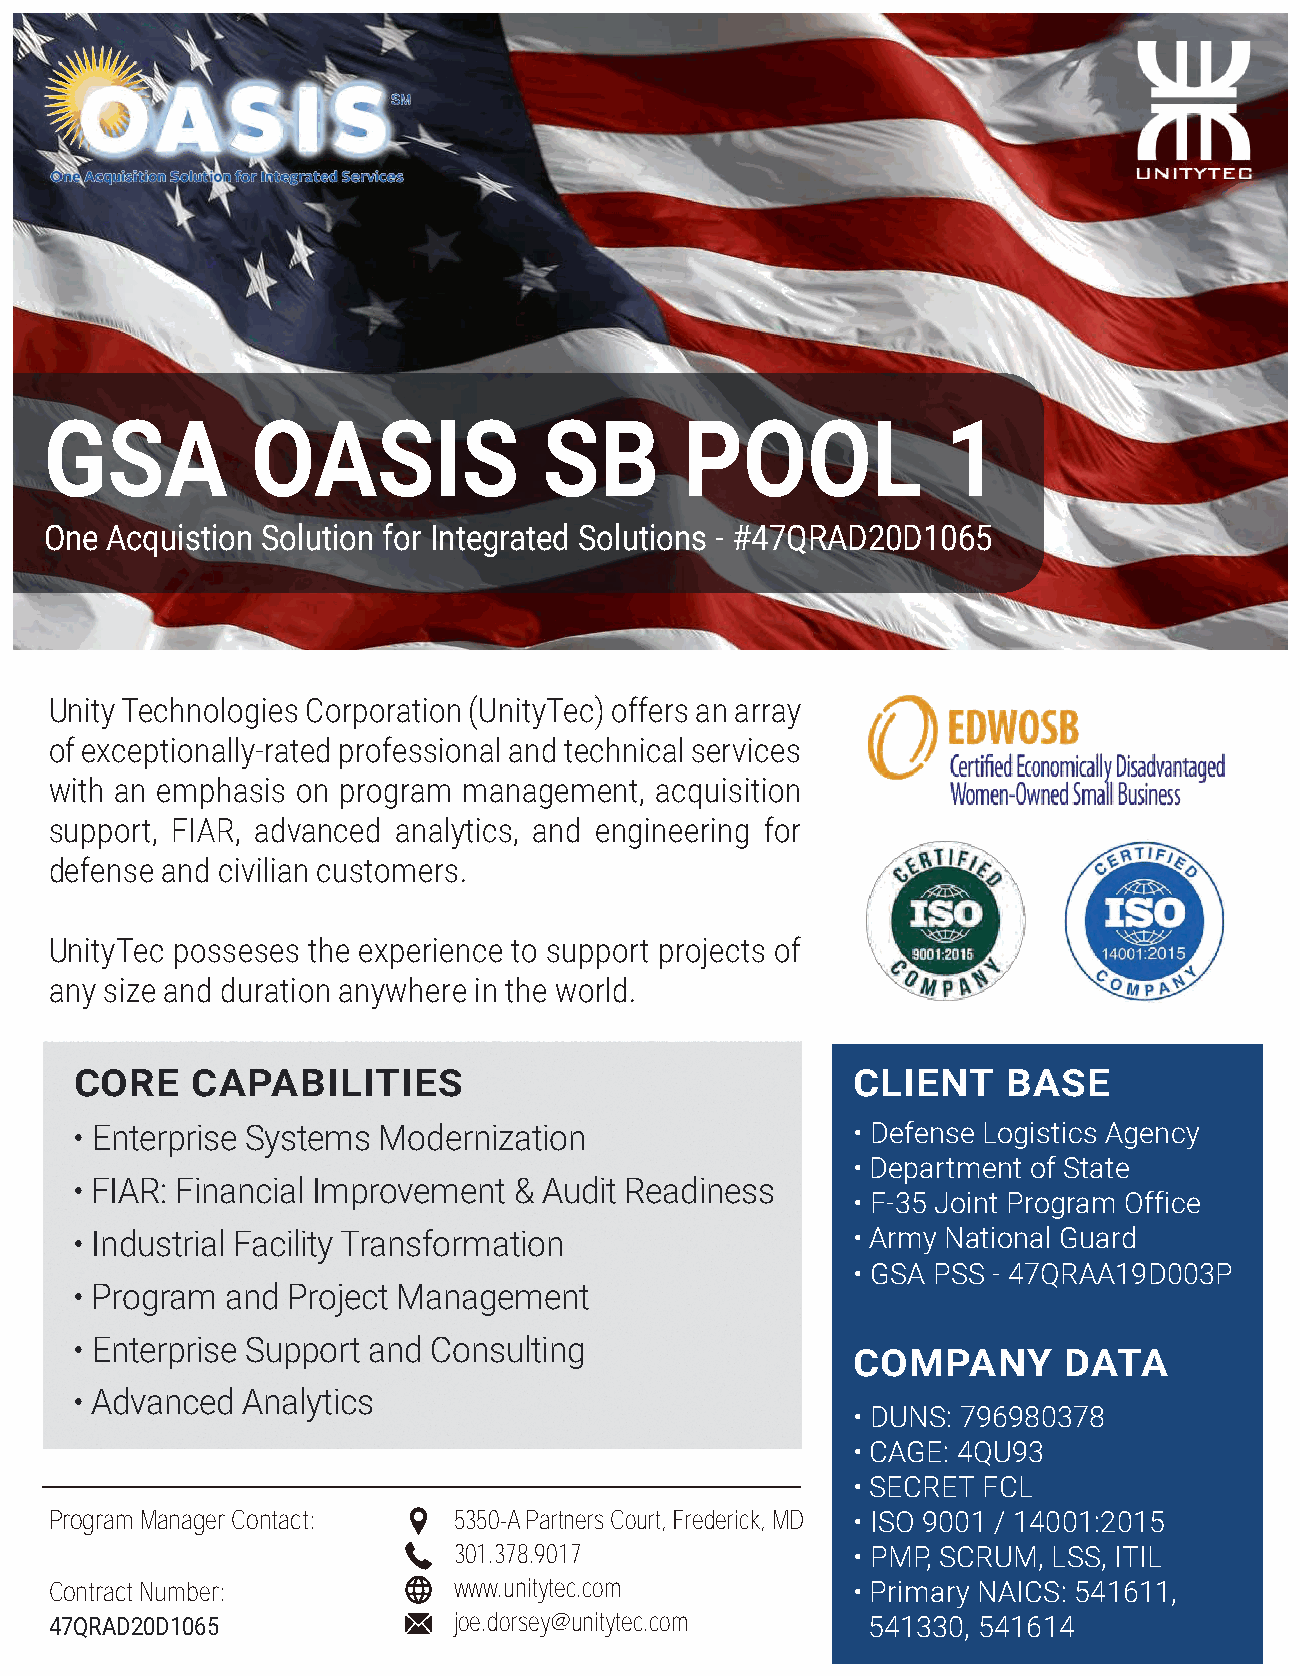
LOGO                                                       Lorem ipsum
 HERE
 Lorem ipsum
 Lorem ipsum
 CREATE
 GSA           OASIS              SB       POOL              1
 YOUR     OWN
 One Acquistion Solution for Integrated Solutions - #47QRAD20D1065
 BUSINESS
 Unity Technologies Corporation (UnityTec) offers an array
 of exceptionally-rated professional and technical services
 with an emphasis on program management, acquisition
 support, FIAR, advanced analytics, and engineering for
 defense and civilian customers.
 UnityTec posseses the experience to support projects of
 any size and duration anywhere in the world.
 CORE    CAPABILITIES                               CLIENT     BASE
 • Enterprise Systems Modernization                 • Defense Logistics Agency
 • Department of State
 • FIAR: Financial Improvement & Audit Readiness
 • F-35 Joint Program Office
 • Industrial Facility Transformation               • Army National Guard
 • GSA PSS - 47QRAA19D003P
 • Program and Project Management
 • Enterprise Support and Consulting
 COMPANY       DATA
 • Advanced Analytics
 • DUNS: 796980378
 • CAGE: 4QU93
 • SECRET FCL
 Program Manager Contact:   5350-A Partners Court, Frederick, MD • ISO 9001 / 14001:2015
 301.378.9017              • PMP, SCRUM, LSS, ITIL
 Contract Number:           www.unitytec.com          • Primary NAICS: 541611,
 47QRAD20D1065              joe.dorsey@unitytec.com    541330, 541614